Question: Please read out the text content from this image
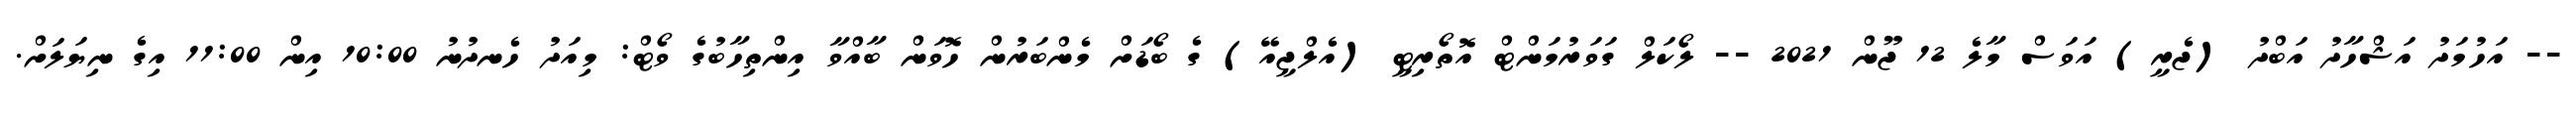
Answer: -- އަހުމަދު އަޝްހާދު އަބްދު (ޖެރީ) އަވަސް މާލެ 12 ޖޫން 2021 -- ލޯކަލް ގަވަރުމަންޓް އޮތޯރިޓީ (އެލްޖީއޭ) ގެ ބޯޑަށް މެންބަރުން ހޮވަން ބާއްވާ އިންތިހާބުގެ ވޯޓް: މިއަދު ހެނދުނު 10:00 އިން 11:00 އިގެ ނިޔަލަށް.